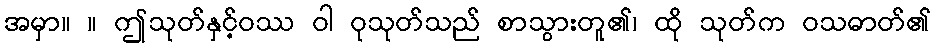
အမှာ။ ။ ဤသုတ်နှင့်ဝဿ ဝါ ဝုသုတ်သည် စာသွားတူ၏၊ ထို သုတ်က ဝသဓာတ်၏